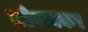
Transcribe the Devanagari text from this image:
तडेगावकर